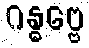
ဂန္ဓဗ္ဗေ